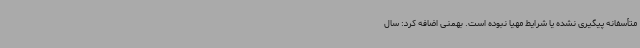
متأسفانه پیگیری نشده یا شرایط مهیا نبوده است. بهمنی اضافه کرد: سال